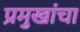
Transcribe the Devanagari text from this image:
प्रमुखांचा